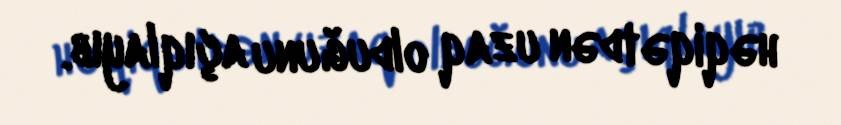
həqiqətdən uzaq olduğunu açıqlayıb.